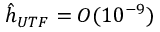
\hat { h } _ { U T F } = O ( 1 0 ^ { - 9 } )